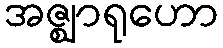
အဇ္ဈာရုဟော